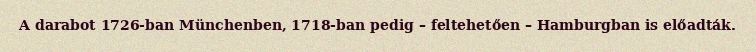
A darabot 1726-ban Münchenben, 1718-ban pedig – feltehetően – Hamburgban is előadták.